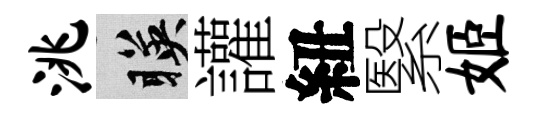
洮暎讙紐繄姬